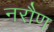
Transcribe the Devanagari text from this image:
नरौण